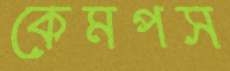
কেমপস